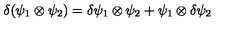
\delta ( \psi _ { 1 } \otimes \psi _ { 2 } ) = \delta \psi _ { 1 } \otimes \psi _ { 2 } + \psi _ { 1 } \otimes \delta \psi _ { 2 }